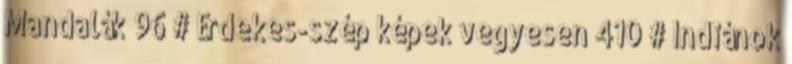
Mandalák 96 # Érdekes-szép képek vegyesen 410 # Indiánok